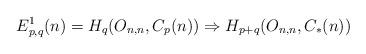
LaTeX: \begin{align*}E^{1}_{p,q}(n) &= H_{q}(O_{n,n}, C_{p}(n)) \Rightarrow H_{p+q}(O_{n,n}, C_{*}(n))\end{align*}